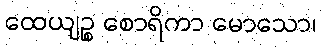
ထေယျဉ္စ စောရိကာ မောသော၊